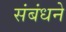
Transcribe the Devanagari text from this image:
संबंधने